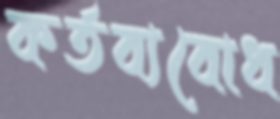
কর্তব্যবোধ